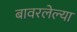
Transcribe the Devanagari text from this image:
बावरलेल्या